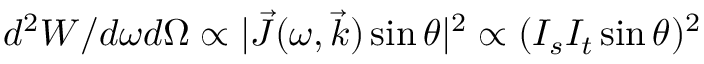
d ^ { 2 } W / d \omega d \Omega \propto | \vec { J } ( \omega , \vec { k } ) \sin \theta | ^ { 2 } \propto ( I _ { s } I _ { t } \sin \theta ) ^ { 2 }